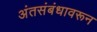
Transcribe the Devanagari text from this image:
अंतसंबंधावरून